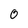
Character: 0